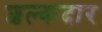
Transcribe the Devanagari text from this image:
शल्कदार